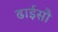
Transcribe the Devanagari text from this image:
ढाईसौ